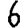
Digit: 6